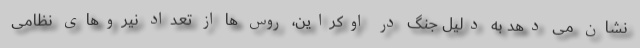
نشان می دهد به دلیل جنگ در اوکراین، روس ها از تعداد نیروهای نظامی